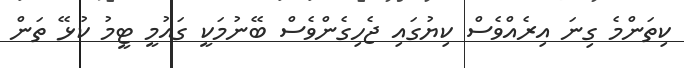
ކިތަންމެ ގިނަ އިރެއްވެސް ކިޔުގައި ޖެހިގެންވެސް ބޭނުމަކީ ގައުމީ ޓީމު ކުޅޭ ތަން